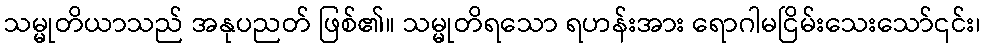
သမ္မုတိယာသည် အနုပညတ် ဖြစ်၏။ သမ္မုတိရသော ရဟန်းအား ရောဂါမငြိမ်းသေးသော်၎င်း၊